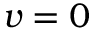
v = 0